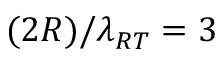
( 2 R ) / \lambda _ { R T } = 3